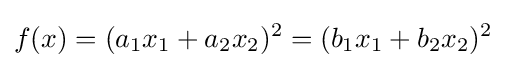
\displaystyle f(x)=(a_{1}x_{1}+a_{2}x_{2})^{2}=(b_{1}x_{1}+b_{2}x_{2})^{2}